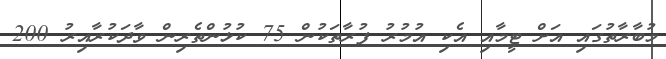
މުބާރާތުގައި އަށް ޓީމާއި އެކި އުމުރު ފުރާތަކުން 75 ކުޅުންތެރިން ވާދަކުރާއިރު 200